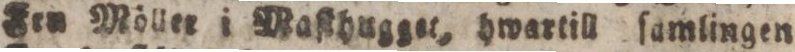
Frn Möller i Maſthugget, hwartill ſamlingen